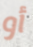
أو